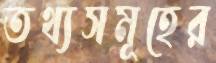
তথ্যসমূহের